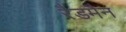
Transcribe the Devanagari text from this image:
रैडमैन